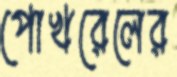
পোখরেলের